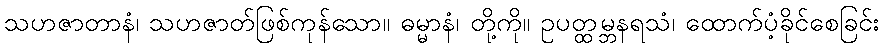
သဟဇာတာနံ၊ သဟဇာတ်ဖြစ်ကုန်သော။ ဓမ္မာနံ၊ တို့ကို။ ဥပတ္ထမ္ဘနရသံ၊ ထောက်ပံ့ခိုင်စေခြင်း